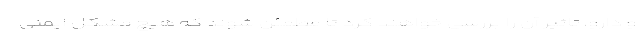
و دارو، تاثیر آن را بررسی خواهند کرد تا مطمئن شوند که هیچ مشکل ایمنی